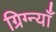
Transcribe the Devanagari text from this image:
ग्रिग्न्याँ